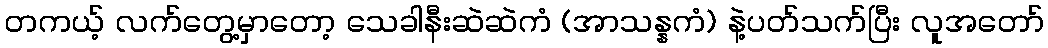
တကယ့် လက်တွေ့မှာတော့ သေခါနီးဆဲဆဲကံ (အာသန္နကံ) နဲ့ပတ်သက်ပြီး လူအတော်